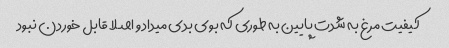
کیفیت مرغ به شدت پایین به طوری که بوی بدی میداد و اصلا قابل خوردن نبود